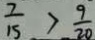
\frac { 7 } { 1 5 } > \frac { 9 } { 2 0 }